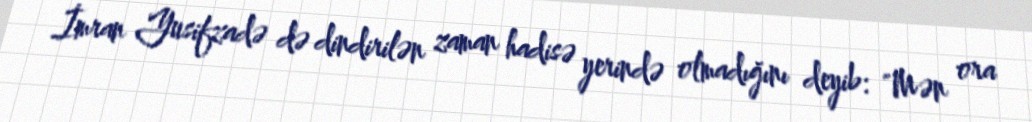
İmran Yusifzadə də dindirilən zaman hadisə yerində olmadığını deyib: "Mən ora